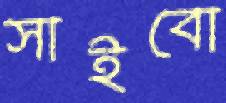
সাইবো